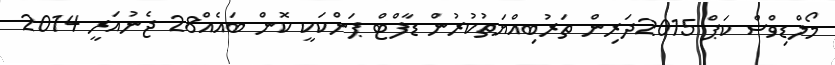
މޯލްޑިވްސް ކަޕް 2015ދަރިން ތަރުބިއްޔަތުކުރުން ޑާފްޓް ޕަންކަކީ ކޮން ބައެއް28 ޖެނުއަރީ 2014